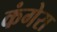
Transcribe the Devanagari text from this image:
कंगेरा